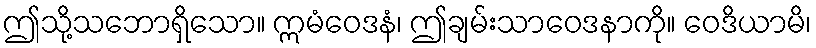
ဤသို့သဘောရှိသော။ ဣမံဝေဒနံ၊ ဤချမ်းသာဝေဒနာကို။ ဝေဒိယာမိ၊